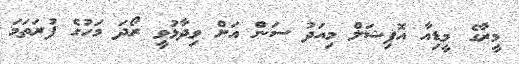
މީރާގެ މީޑިއާ އޮފިޝަލް މިއަދު ސަން އަށް ވިދާޅުވީ ރޯދަ މަހުގެ ފުރަތަމަ